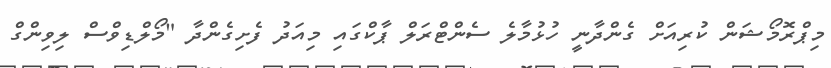
މިޕްރޮމޯޝަން ކުރިއަށް ގެންދާނީ ހުޅުމާލެ ސެންޓްރަލް ޕާކްގައި މިއަދު ފެށިގެންދާ "މޯލްޑިވްސް ލިވިންގް